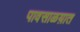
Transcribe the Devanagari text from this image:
पावसाळय़ात